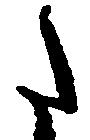
た